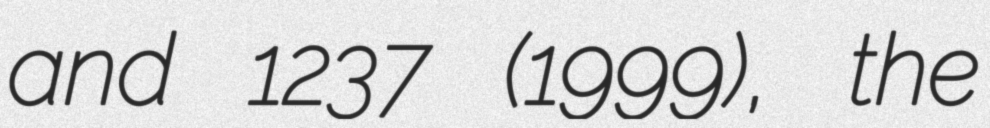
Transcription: and 1237 (1999), the